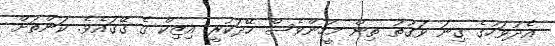
އެދުވަހުގެ ގިނަ ވަގުތު ތިން މީހުންވެސް ހޭދަކުރީ އިޒިކް ގެ ގޭގައެވެ. ކަންތަށް